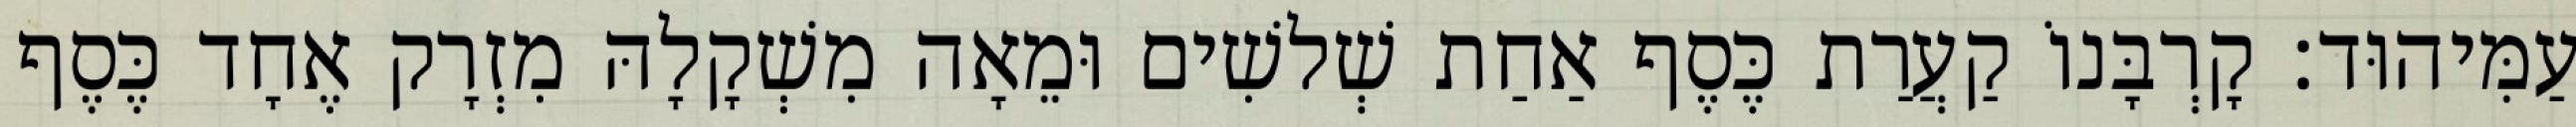
עַמִּיהוּד׃ קָרְבָּנוֹ קַעֲרַת כֶּסֶף אַחַת שְׁלשִׁים וּמֵאָה מִשְׁקָלָהּ מִזְרָק אֶחָד כֶּסֶף